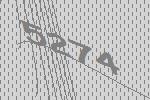
5274